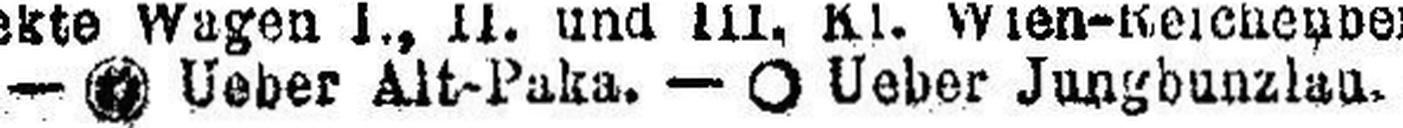
— ### Ueber Alt-Paka. — Ο Ueber Jungbunzlau.